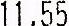
11.55